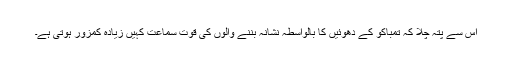
اس سے پتہ چلا کہ تمباکو کے دھوئیں کا بالواسطہ نشانہ بننے والوں کی قوت سماعت کہیں زیادہ کمزور ہوتی ہے۔